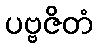
ပဗ္ဗဇိတံ